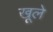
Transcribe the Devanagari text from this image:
खूले